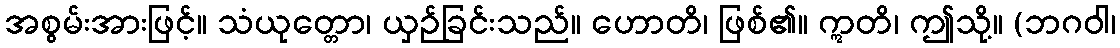
အစွမ်းအားဖြင့်။ သံယုတ္တော၊ ယှဉ်ခြင်းသည်။ ဟောတိ၊ ဖြစ်၏။ ဣတိ၊ ဤသို့။ (ဘဂဝါ၊